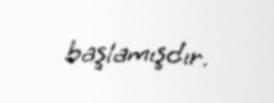
başlamışdır.